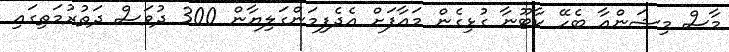
މާސް މިޝަންއާ ބެހޭ ކާޓޫނާ ގުޅިގެން މައާފަށް އެދެފިމަންގަލިޔާން 300 ދުވަސް ދަތުރުމަތިގައި